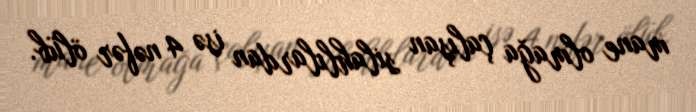
mane olmağa çalışan silahlılardan isə 4 nəfər ölüb.